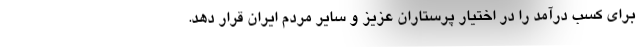
برای کسب درآمد را در اختیار پرستاران عزیز و سایر مردم ایران قرار دهد.